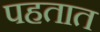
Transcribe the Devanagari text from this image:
पहतात